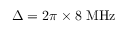
\Delta = 2 \pi \times \mathrm { 8 \ M H z }